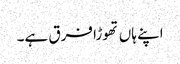
اپنے ہاں تھوڑا فرق ہے۔